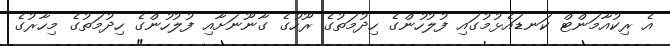
އެ ރިކުއާމަންޓް ކަަނޑައެޅުމުގައި ފުލުހުންގެ ހިދުމަތުގެ ރޫހުގެ ގާނޫނަށާއި ފުލުހުންގެ ހިދުމަތުގެ މިހާރުގެ